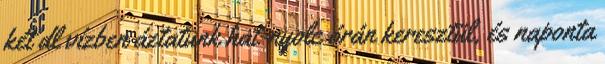
két dl vízben áztatunk hat-nyolc órán keresztül, és naponta